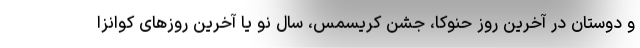
و دوستان در آخرین روز حنوکا، جشن کریسمس، سال نو یا آخرین روزهای کوانزا